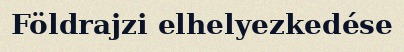
Földrajzi elhelyezkedése